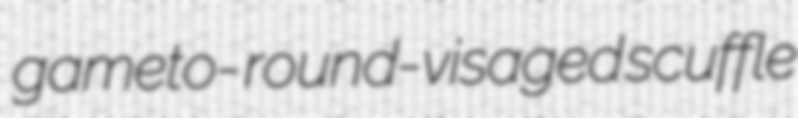
gameto- round-visaged scuffle